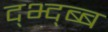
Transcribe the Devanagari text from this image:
द्भ्द्ब्ब